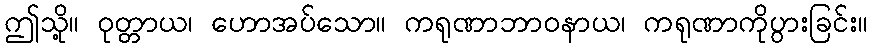
ဤသို့။ ဝုတ္တာယ၊ ဟောအပ်သော။ ကရုဏာဘာဝနာယ၊ ကရုဏာကိုပွားခြင်း။